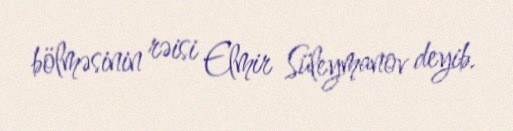
bölməsinin rəisi Elmir Süleymanov deyib.